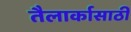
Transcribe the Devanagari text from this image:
तैलार्कासाठी